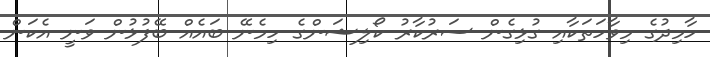
ހާމިދުގެ މިވާހަތަކާއި ގުޅިގެން ސަރުކާރު ކޯލިޝަންގެ ހިމެނޭ ބައެއް ބޭފުޅުން ވަނީ އެކަން